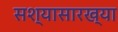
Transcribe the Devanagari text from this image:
सश्यासारख्या